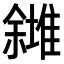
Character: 𠐸